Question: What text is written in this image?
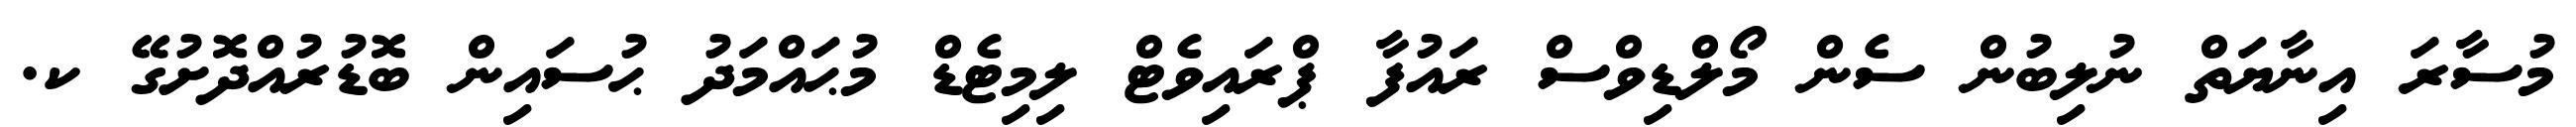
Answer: މުސާރަ އިނާޔަތް ނުލިބުން ސެން މޯލްޑިވްސް ރައުފާ ޕްރައިވެޓް ލިމިޓެޑް މުޙައްމަދު ޙުސައިން ބޮޑުރުއްދޮށުގޭ ކ.